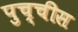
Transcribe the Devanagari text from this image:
पुच्चीस